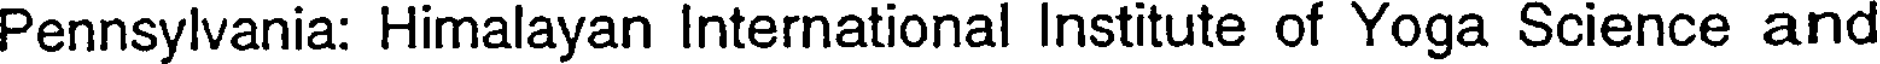
Pennsylvania: Himalayan International Institute of Yoga Science and